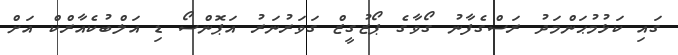
ގައި ކަޅުމުޙަންމަދު ރަސްގެފާނު ގޯވާގެ ޕޯޒުގީޒް ގަވަރުނަރު އަޕޮންސޯ ޑި އަލްބުކެއާރްކް އަށް